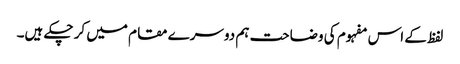
لفظ کے اس مفہوم کی وضاحت ہم دوسرے مقام میں کر چکے ہیں۔